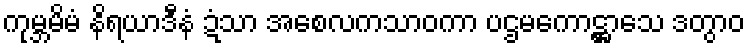
ကုမ္ဘမိမံ နိရယာဒီနံ ဍံသာ အစေလကသာဝကာ ပဌမကောဋ္ဌာသေ ဒတွာဝ